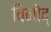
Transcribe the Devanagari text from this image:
विनोद्